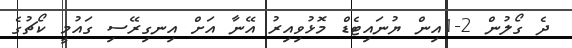
ދެ ގޯލުން 2-1އިން ޔުނައިޓެޑް މޮޅުވިއިރު އޭނާ އަށް އިނގިރޭސި ގައުމީ ކޯޗުގެ